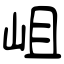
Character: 岨